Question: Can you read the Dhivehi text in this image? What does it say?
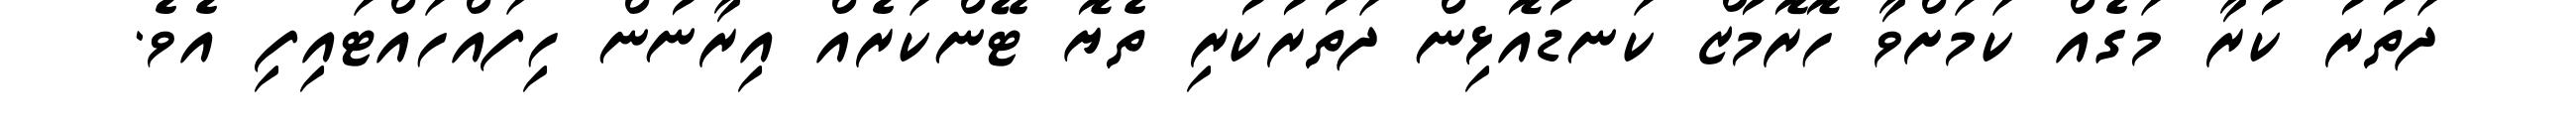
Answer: ދަތުރު ކުރާ މަގެއް ކަމަށްވާ ހޮރޮމުޒް ކަނޑުއޮޅިން ދަތުރުކުރި ތެޔޮ ޓޭންކަރެއް އިރާނުން ހިފައްހައްޓައިފި އެވެ.